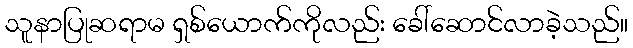
သူနာပြုဆရာမ ရှစ်ယောက်ကိုလည်း ခေါ်ဆောင်လာခဲ့သည်။